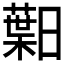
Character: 𱢯